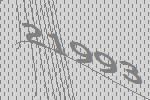
21993